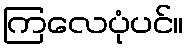
ကြလေပုံပင်။